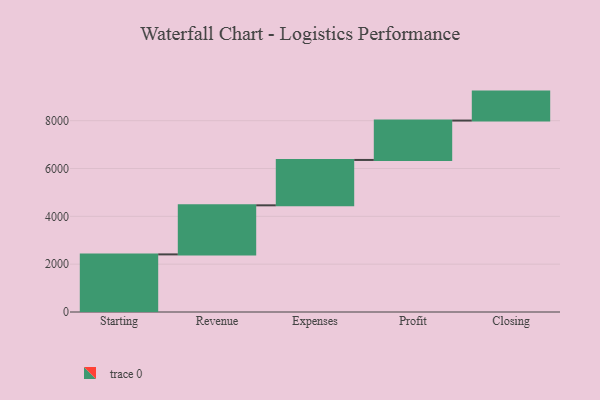
{"axis": {"x": "Step", "y": "Value"}, "legend": [""], "data": [{"x": "Starting", "y": 2409.0, "type": ""}, {"x": "Revenue", "y": 2052.0, "type": ""}, {"x": "Expenses", "y": 1897.0, "type": ""}, {"x": "Profit", "y": 1647.0, "type": ""}, {"x": "Closing", "y": 1211.0, "type": ""}]}